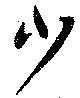
少